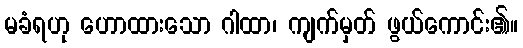
မခံရဟု ဟောထားသော ဂါထာ၊ ကျက်မှတ် ဖွယ်ကောင်း၏။